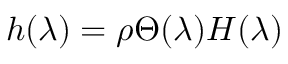
h ( \lambda ) = \rho \Theta ( \lambda ) H ( \lambda )